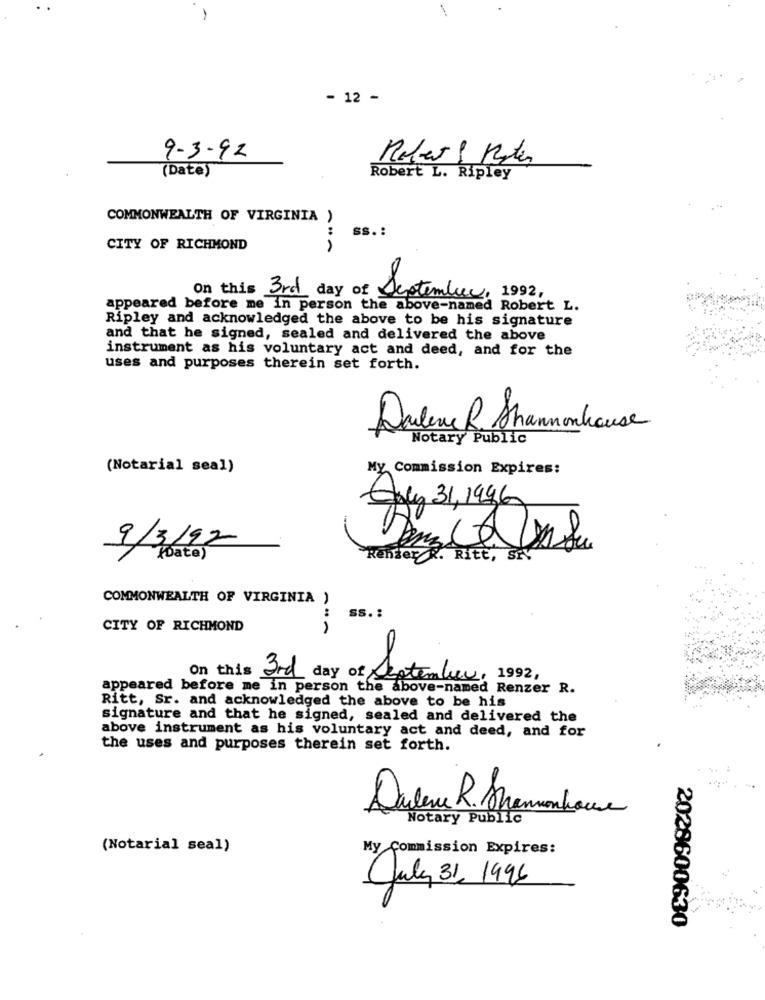
- 12 -
9-3-92
Robert S Kater
(Date)
Robert L. Ripley
COMMONWEALTH OF VIRGINIA
ss. :
---
CITY OF RICHMOND
On this 3rd day of September, 1992,
appeared before me in person the above-named Robert L.
Ripley and acknowledged the above to be his signature
and that he signed, sealed and delivered the above
instrument as his voluntary act and deed, and for the
uses and purposes therein set forth.
Darlene R Shannonhause
Notary Public
(Notarial seal)
My Commission Expires:
Gay 31, 1996
9/3/97
(Date)
Render R. Rite, SIV
COMMONWEALTH OF VIRGINIA )
:
SS. :
CITY OF RICHMOND
On this and day of September, 1992,
appeared before me in person the above-named Renzer R.
Ritt, Sr. and acknowledged the above to be his
signature and that he signed, sealed and delivered the
above instrument as his voluntary act and deed, and for
the uses and purposes therein set forth.
Dudenu R. Sammenhouse
Notary Public
(Notarial seal)
My Commission Expires:
July 31, 1996
2028600630